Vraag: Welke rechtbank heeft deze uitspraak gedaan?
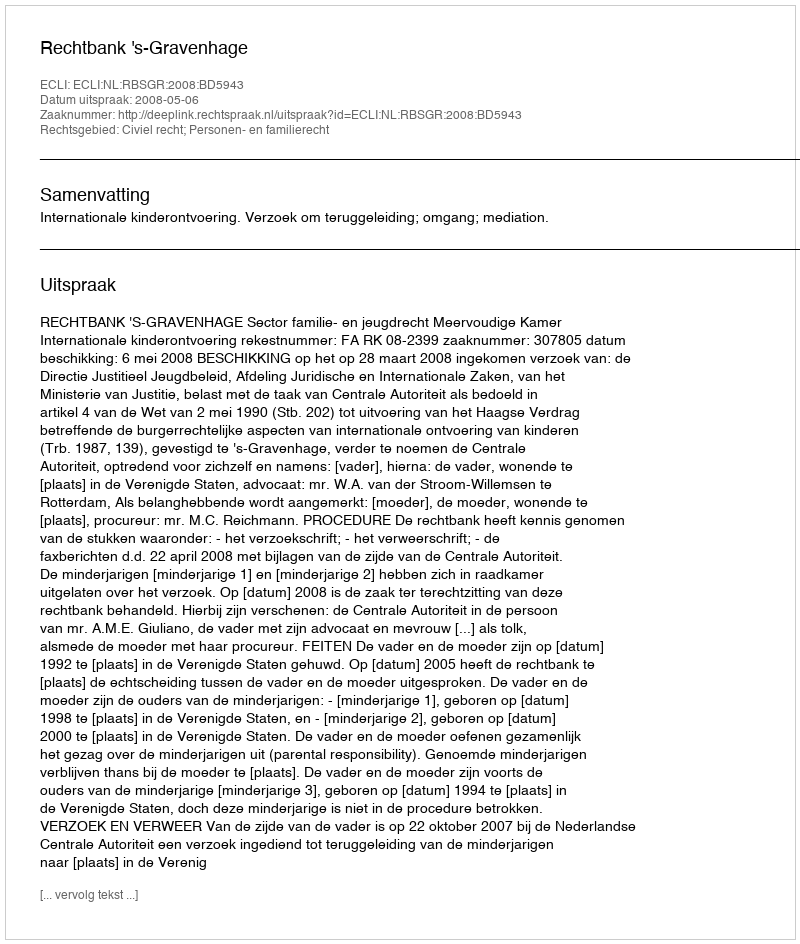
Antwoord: Rechtbank 's-Gravenhage